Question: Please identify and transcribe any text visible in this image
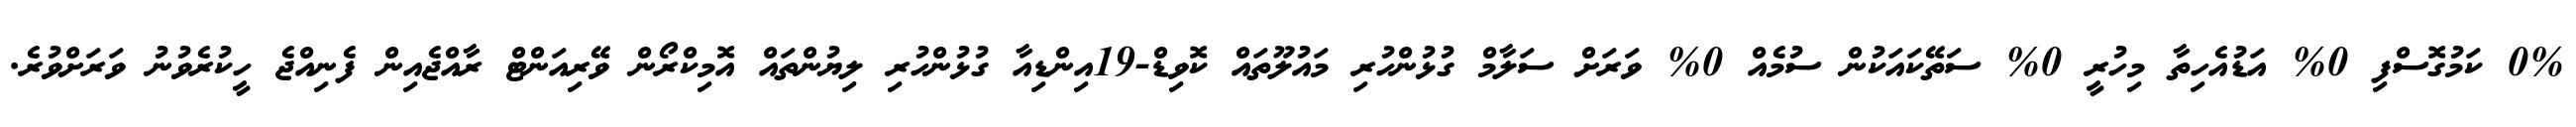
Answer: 0% ކަމުގޮސްފި 0% އަޑުއެހިތާ މިހުރީ 0% ސަތޭކައަކުން ސުމެއް 0% ވަރަށް ސަލާމް ގުޅުންހުރި މައުލޫތައް ކޮވިޑް-19އިންޑިއާ ގުޅުންހުރި ލިޔުންތައް އޮމިކްރޯން ވޭރިއަންޓް ރާއްޖެއިން ފެނިއްޖެ ހީކުރެވުނު ވަރަށްވުރެ.